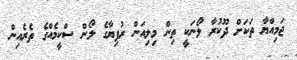
ޖަމިއްޔާ ތަކަށް ދޫކުރާ ލޯނަކީ ތިން މިލިއަން ރުފިޔާގެ ލޯން ސްކީމެއްގެ ތެރެއިން